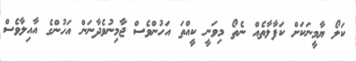
ކަލޯ ޔާމީނަކަށް ކަފާލާތެއް ނެތޯ މިވަނީ ކީއްތަ އަހުންވެސް ޖާމިނުވެދާނަން އަހުންގެ އާއިލާވެސް